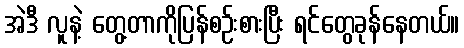
အဲဒီ လူနဲ့ တွေ့တာကိုပြန်စဉ်းစားပြီး ရင်တွေခုန်နေတယ်။